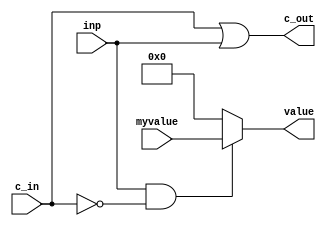
`timescale 1ns / 1ps
//////////////////////////////////////////////////////////////////////////////////
// Company: 
// Engineer: 
// 
// Design Name: 
// Module Name:    diff_gadget 
// Project Name: 
// Target Devices: 
// Tool versions: 
// Description: 
//
// Dependencies: 
//
// Revision: 
// Revision 0.01 - File Created
// Additional Comments: 
//
//////////////////////////////////////////////////////////////////////////////////
module diff_gadget(
	input c_in,
	input inp,
	input [31:0] myvalue,
	output [31:0] value,
	output c_out
    );

	assign c_out = c_in | inp;
	
	wire and_temp;
	assign and_temp = inp & (~c_in);
	
	assign value = and_temp ? myvalue : 32'b0;

endmodule